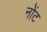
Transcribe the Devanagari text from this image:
नोंट